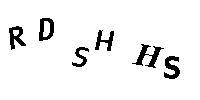
RDSHHS